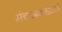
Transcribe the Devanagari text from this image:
संचालकमंडळाचे